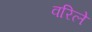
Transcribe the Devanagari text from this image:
वरिले